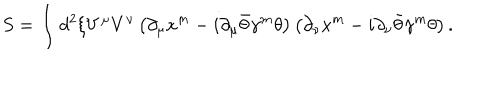
S = \int d ^ { 2 } \xi V ^ { \mu } V ^ { \nu } \left( \partial _ { \mu } x ^ { m } - i \partial _ { \mu } \bar { \theta } \gamma ^ { m } \theta \right) \left( \partial _ { \nu } x ^ { m } - i \partial _ { \nu } \bar { \theta } \gamma ^ { m } \theta \right) .